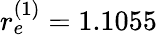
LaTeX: r_{e}^{(1)}=1.1055